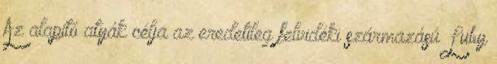
Az alapító atyák célja az eredetileg felvidéki származású Luby